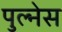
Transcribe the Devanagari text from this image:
पुल्नेस